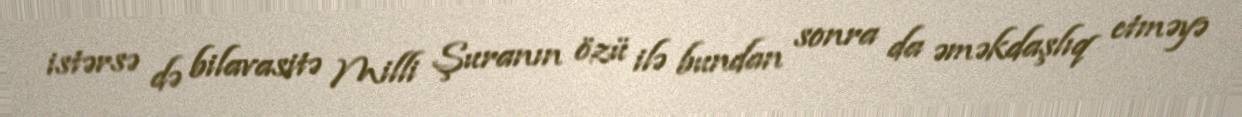
istərsə də bilavasitə Milli Şuranın özü ilə bundan sonra da əməkdaşlıq etməyə